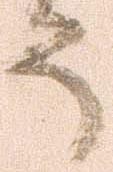
う